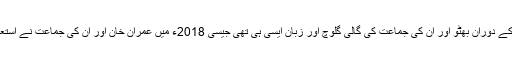
انتخابی مہم کے دوران بھٹو اور ان کی جماعت کی گالی گلوچ اور زبان ایسی ہی تھی جیسی 2018ء میں عمران خان اور ان کی جماعت نے استعمال کی ہے۔